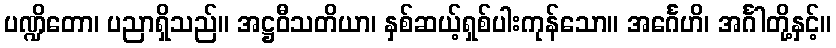
ပဏ္ဍိတော၊ ပညာရှိသည်။ အဋ္ဌဝီသတိယာ၊ နှစ်ဆယ့်ရှစ်ပါးကုန်သော။ အင်္ဂေဟိ၊ အင်္ဂါတို့နှင့်။